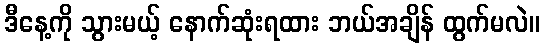
ဒီနေ့ကို သွားမယ့် နောက်ဆုံးရထား ဘယ်အချိန် ထွက်မလဲ။